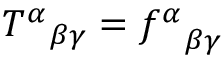
{ T ^ { \alpha } } _ { \beta \gamma } = { f ^ { \alpha } } _ { \beta \gamma }